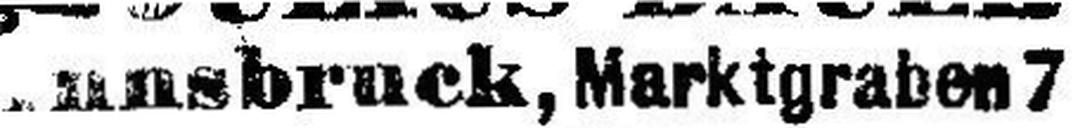
Innsbruck, Marktgragen 7